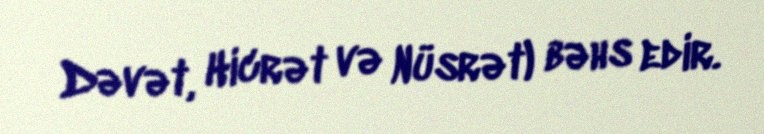
Dəvət, Hicrət və Nüsrət) bəhs edir.